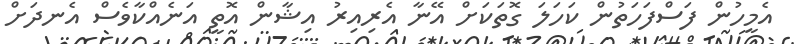
އެމީހުން ފަސްފަހަތުން ކަހަލަ ގޮތަކަށް އޭނާ އެރިއިރު އިޝާން އޮތީ އަނެއްކާވެސް އެނދަށް